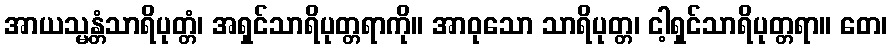
အာယသ္မန္တံသာရိပုတ္တံ၊ အရှင်သာရိပုတ္တရာကို။ အာဝုသော သာရိပုတ္တ၊ ငါ့ရှင်သာရိပုတ္တရာ။ တေ၊